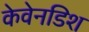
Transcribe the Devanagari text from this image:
केवेनडिश